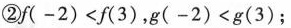
② $$f ( - 2 ) < f( 3 )$$，$$g ( - 2 ) < g ( 3 )$$ ；